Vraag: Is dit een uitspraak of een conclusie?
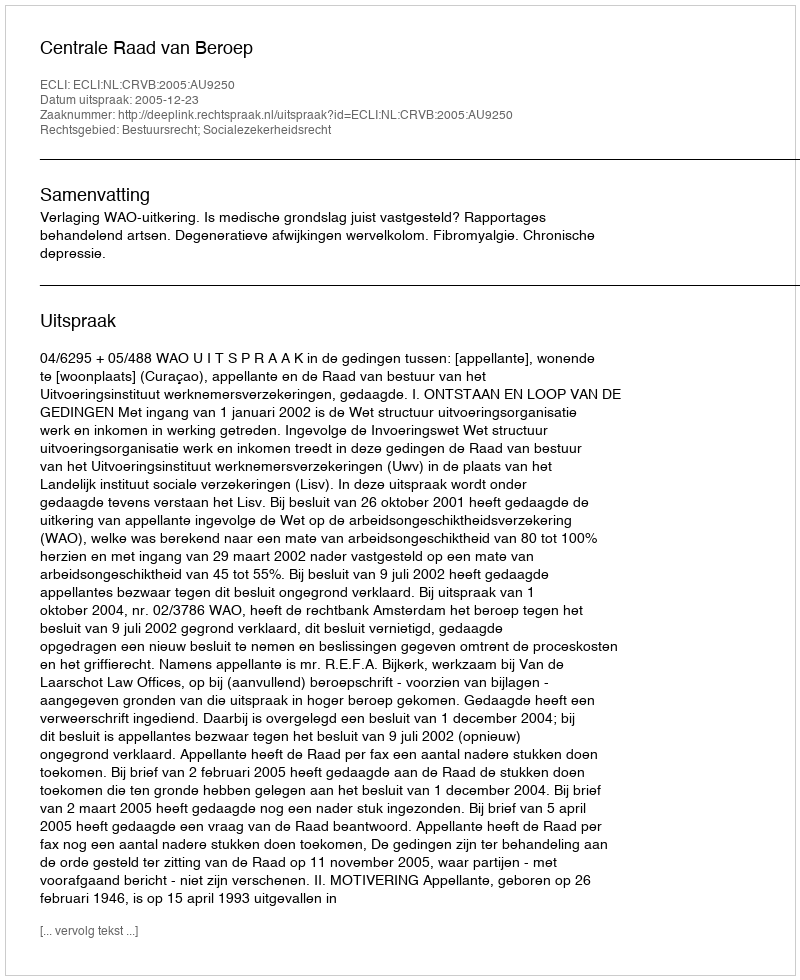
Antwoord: Uitspraak